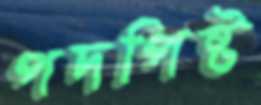
পদপিষ্ট